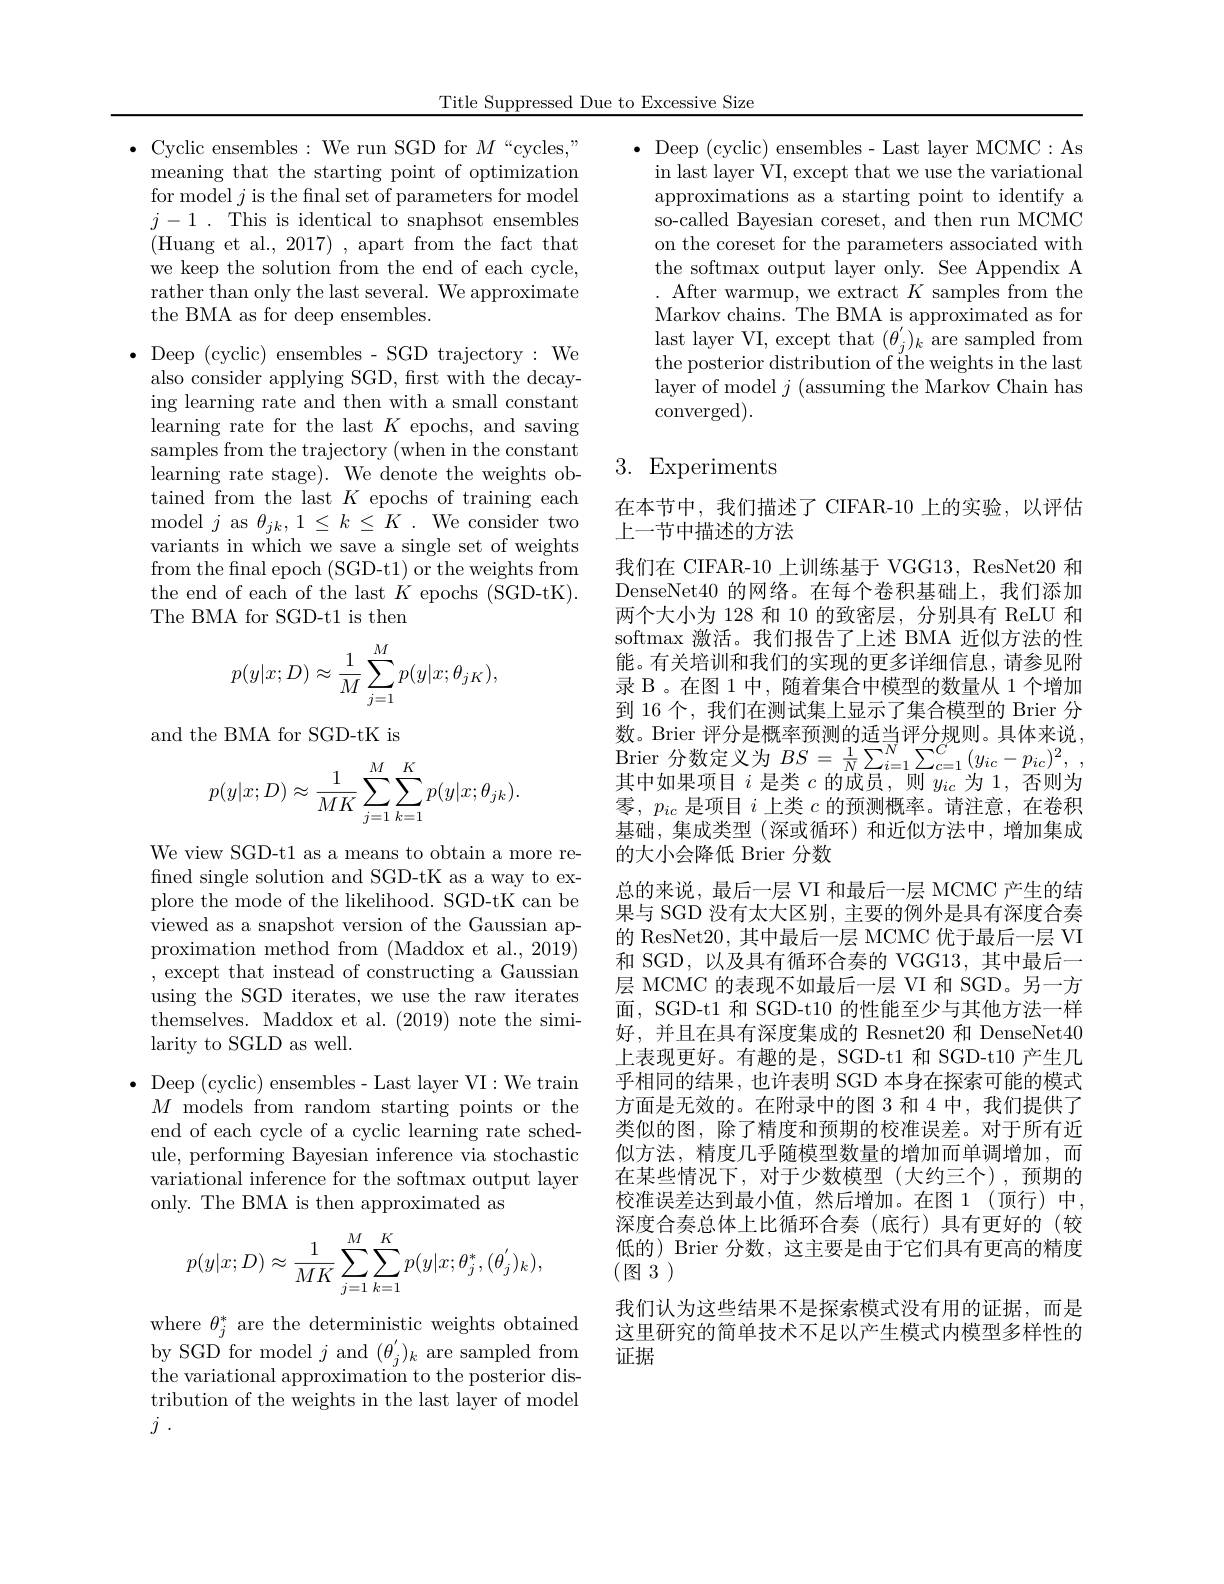
Title Suppressed Due to Excessive Size

$\bullet$ Cyclic ensembles:We run SGD for $M``$cycles$,"$ meaning that the starting point of optimization for model $j$ is the fnal set of parameters for model $j- 1$ .This is identical to snaphsot ensembles (Huang et al., 2017) , apart from the fact that we keep the solution from the end of each cycle, rather than only the last several. We approximate the BMA as for deep ensembles.

$\bullet$ Deep (cyclic) ensembles- SGD trajectory:We also consider applying SGD, first with the decaying learning rate and then with a small constant learning rate for the last $K$ epochs, and saving samples from the trajectory (when in the constant learning rate stage). We denote the weights obtained from the last $K$ epochs of training each model $j$ as $\theta_{jk},1\leq k\leq K.$ We consider two variants in which we save a single set of weights from the final epoch (SGD-t1) or the weights from the end of each of the last $K$ epochs (SGD-tK). The BMA for SGD-t1 is then
$$p(y|x;D)\approx\frac{1}{M}\sum_{j=1}^{M}p(y|x;\theta_{jK}),$$
and the BMA for SGD-tK is
$$p(y|x;D)\approx\frac{1}{MK}\sum_{j=1}^{M}\sum_{k=1}^{K}p(y|x;\theta_{jk}).$$
We view SGD-t1 as a means to obtain a more refined single solution and SGD-tK as a way to explore the mode of the likelihood. SGD-tK can be viewed as a snapshot version of the Gaussian approximation method from (Maddox et al., 2019) , except that instead of constructing a Gaussian using the SGD iterates, we use the raw iterates themselves. Maddox et al. (2019) note the similarity to SGLD as well.

$\bullet$ Deep (cyclic) ensembles- Last layer VI:We train $M{\mathrm{~models~from~random~starting~points~or~the}}$ end of each cycle of a cyclic learning rate schedule, performing Bayesian inference via stochastic variational inference for the softmax output layer only. The BMA is then approximated as
$$p(y|x;D)\approx\frac{1}{MK}\sum_{j=1}^{M}\sum_{k=1}^{K}p(y|x;\theta_{j}^{*},(\theta_{j}^{'})_{k}),$$
where $\theta_j^*$ are the deterministic weights obtained by SGD for model $j$ and $(\theta_{j}^{\prime})_{k}$ are sampled from the variational approximation to the posterior distribution of the weights in the last layer of model $j$ .

$\bullet$ Deep (cyclic) ensembles- Last layer MCMC:As
in last layer VI, except that we use the variational approximations as a starting point to identify a so-called Bayesian coreset, and then run MCMC on the coreset for the parameters associated with the softmax output layer only. See Appendix A . After warmup, we extract $K$ samples from the Markov chains. The BMA is approximated as for last layer VI, except that $(\theta_{j}^{\prime})_{k}$ are sampled from the posterior distribution of the weights in the last layer of model $j$ (assuming the Markov Chain has converged).

## 3. Experiments

在本节中，我们描述了 CIFAR-10 上的实验，以评估
上一节中描述的方法
我们在 CIFAR-10 上训练基于 VGG13, ResNet20 和DenseNet40 的网络。在每个卷积基础上，我们添加两个大小为 128 和 10 的致密层，分别具有 ReLU 和softmax 激活。我们报告了上述 BMA 近似方法的性能。有关培训和我们的实现的更多详细信息，请参见附录 B 。在图 1 中，随着集合中模型的数量从 1 个增加到 16 个，我们在测试集上显示了集合模型的 Brier 分数。Brier 评分是概率预测的适当评分规则。具体来说， Brier 分 数 定 义 为 $BS= \frac 1N\sum _{i= 1}^{N}\sum _{c= 1}^{C}\left ( y_{ic}- p_{ic}\right ) ^{2}$, 其 中 如 用 面 口 : 目 半 。的 中 只其中如果项目$i$是类$c$的成员，则$y_ic$为 1, 否则为零，$p_{ic}$是项目$i$上类$c$的预测概率。请注意，在卷积基础，集成类型(深或循环)和近似方法中，增加集成的大小会降低 Brier 分数
总的来说，最后一层 VI 和最后一层 MCMC 产生的结果与 SGD 没有太大区别，主要的例外是具有深度合奏的 ResNet20,其中最后一层 MCMC 优于最后一层 VI 和 SGD,以及具有循环合奏的 VGG13,其中最后一层 MCMC 的表现不如最后一层 VI 和 SGD。另一方面，SGD-t1 和 SGD-t10 的性能至少与其他方法一样好，并且在具有深度集成的 Resnet20 和 DenseNet40上表现更好。有趣的是，SGD-t1 和 SGD-t10 产生几乎相同的结果，也许表明 SGD 本身在探索可能的模式方面是无效的。在附录中的图 3 和 4 中，我们提供了类似的图，除了精度和预期的校准误差。对于所有近似方法，精度几乎随模型数量的增加而单调增加，而在某些情况下，对于少数模型(大约三个),预期的校准误差达到最小值，然后增加。在图 1(顶行)中， 深度合奏总体上比循环合奏(底行)具有更好的(较低的) Brier 分数，这主要是由于它们具有更高的精度(图3)
我们认为这些结果不是探索模式没有用的证据，而是这里研究的简单技术不足以产生模式内模型多样性的证据